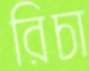
রিচা